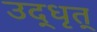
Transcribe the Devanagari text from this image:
उद्धृत्